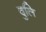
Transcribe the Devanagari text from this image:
वुलि